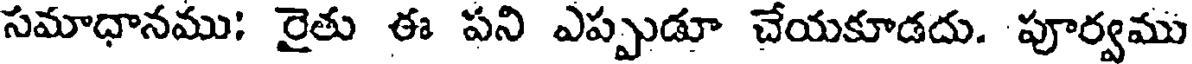
సమాధానము: రైతు ఈ పని ఎప్పుడూ చేయకూడదు. పూర్వము